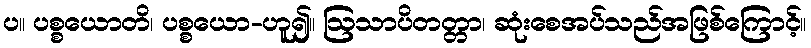
ပ။ ပစ္စယောတိ၊ ပစ္စယော-ဟူ၍။ ဩသာပိတတ္တာ၊ ဆုံးစေအပ်သည်အဖြစ်ကြောင့်။